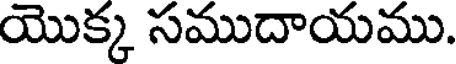
యొక్క సముదాయము.